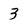
Character: 3